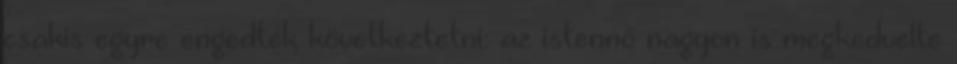
csakis egyre engedték következtetni: az istennő nagyon is megkedvelte